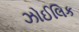
ઝોઈલિક